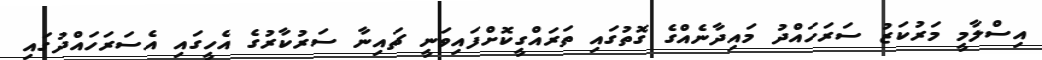
އިސްލާމީ މަރުކަޒު ސަރަހައްދު މައިދާނެއްގެ ގޮތުގައި ތަރައްގީކޮށްފައިވަނީ ޗައިނާ ސަރުކާރުގެ އެހީގައި އެސަރަހައްދުގައި